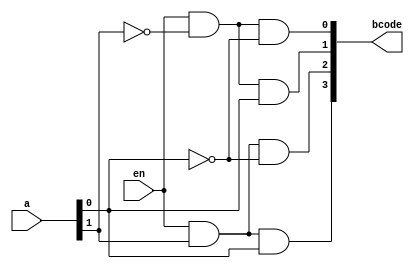
// This program was cloned from: https://github.com/AngeloJacobo/FPGA_Book_Experiments
// License: MIT License

`timescale 1ns / 1ps

module binary_decoder_2x4(
	input en,
	input[1:0] a,
	output[3:0] bcode
    );
	 assign bcode[0]= en && !a[1] && !a[0],
				bcode[1]= en && !a[1] && a[0],
				bcode[2]= en && a[1] && !a[0],
				bcode[3]= en && a[1] && a[0]; 


endmodule